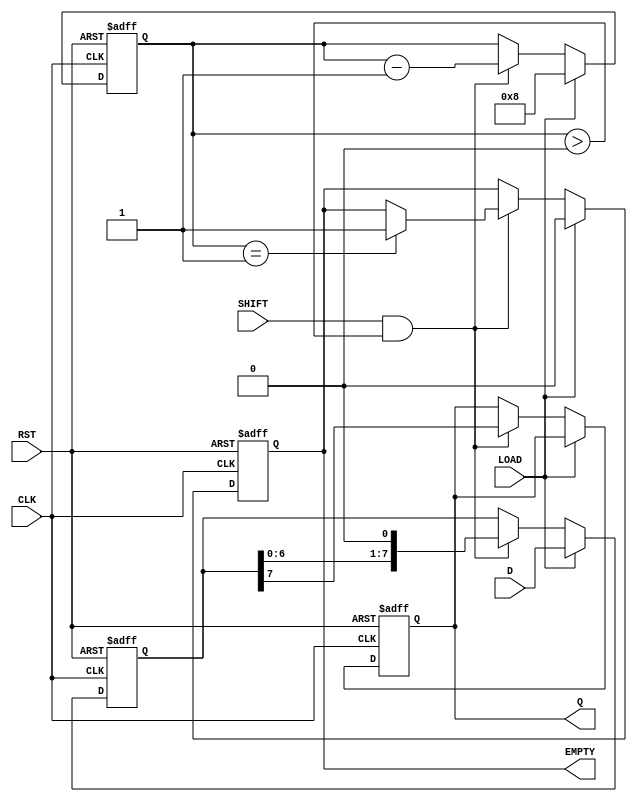
module piso_register #(
    parameter WIDTH = 8  // Configurable width of the register
)(
    input  wire [WIDTH-1:0] D,     // Parallel data input
    input  wire LOAD,                // Load signal
    input  wire SHIFT,               // Shift signal
    input  wire CLK,                 // Clock signal
    input  wire RST,                 // Reset signal
    output reg  Q,                   // Serial output
    output reg  EMPTY                // Empty signal
);

    reg [WIDTH-1:0] shift_reg;       // Internal shift register
    reg [3:0] count;                 // Counter to track the number of bits shifted out

    // Asynchronous reset
    always @(posedge CLK or posedge RST) begin
        if (RST) begin
            shift_reg <= {WIDTH{1'b0}}; // Clear the shift register
            Q <= 1'b0;                 // Reset serial output
            count <= 0;                // Reset counter
            EMPTY <= 1'b1;             // Set EMPTY signal high
        end else begin
            if (LOAD) begin
                shift_reg <= D;         // Load parallel data into the shift register
                count <= WIDTH;         // Set count to the width of the register
                EMPTY <= 1'b0;          // Set EMPTY signal low
            end else if (SHIFT && (count > 0)) begin
                Q <= shift_reg[WIDTH-1]; // Output the MSB
                shift_reg <= shift_reg << 1; // Shift left
                count <= count - 1;     // Decrement count
                if (count == 1) begin
                    EMPTY <= 1'b1;       // Set EMPTY signal high when all bits are shifted out
                end
            end
        end
    end

endmodule